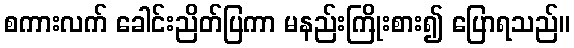
စကားလက် ခေါင်းညိတ်ပြကာ မနည်းကြိုးစား၍ ပြောရသည်။